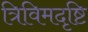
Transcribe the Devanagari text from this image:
त्रिविमदृष्टि